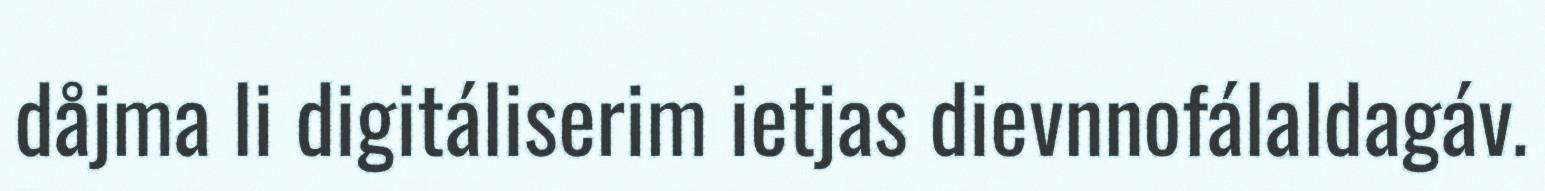
dåjma li digitáliserim ietjas dievnnofálaldagáv.